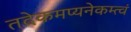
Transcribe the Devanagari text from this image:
तदेकमप्यनेकम्त्वं